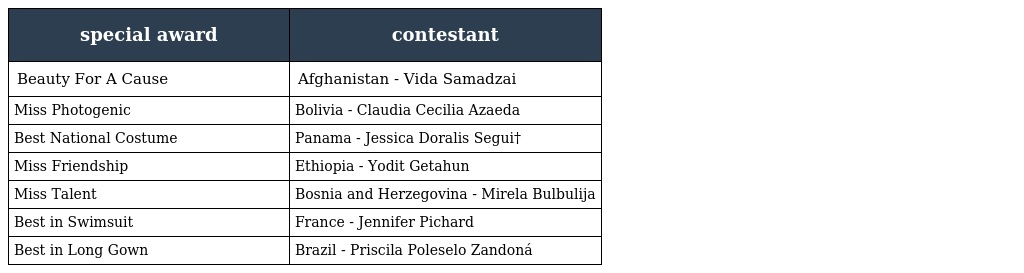
| special award | contestant |
 | --- | --- |
 | Beauty For A Cause | Afghanistan - Vida Samadzai |
 | Miss Photogenic | Bolivia - Claudia Cecilia Azaeda |
 | Best National Costume | Panama - Jessica Doralis Segui† |
 | Miss Friendship | Ethiopia - Yodit Getahun |
 | Miss Talent | Bosnia and Herzegovina - Mirela Bulbulija |
 | Best in Swimsuit | France - Jennifer Pichard |
 | Best in Long Gown | Brazil - Priscila Poleselo Zandoná |